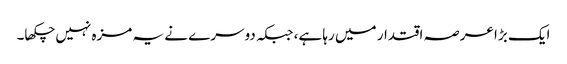
ایک بڑا عرصہ اقتدار میں رہا ہے، جبکہ دوسرے نے یہ مزہ نہیں چکھا۔